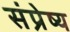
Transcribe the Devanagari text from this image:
संप्रेष्य